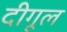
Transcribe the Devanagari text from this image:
दीगूल